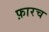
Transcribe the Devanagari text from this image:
फ़ारच